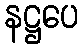
နဋ္ဌပေ